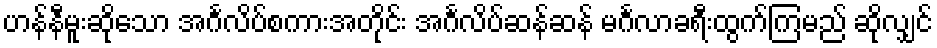
ဟန်နီမူးဆိုသော အင်္ဂလိပ်စကားအတိုင်း အင်္ဂလိပ်ဆန်ဆန် မင်္ဂလာခရီးထွက်ကြမည် ဆိုလျှင်